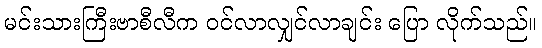
မင်းသားကြီးဗာစီလီက ဝင်လာလျှင်လာချင်း ပြော လိုက်သည်။